Report of the Indian Hemp Drugs Commission, 1894-1895 - Volume IV
Year: 1894
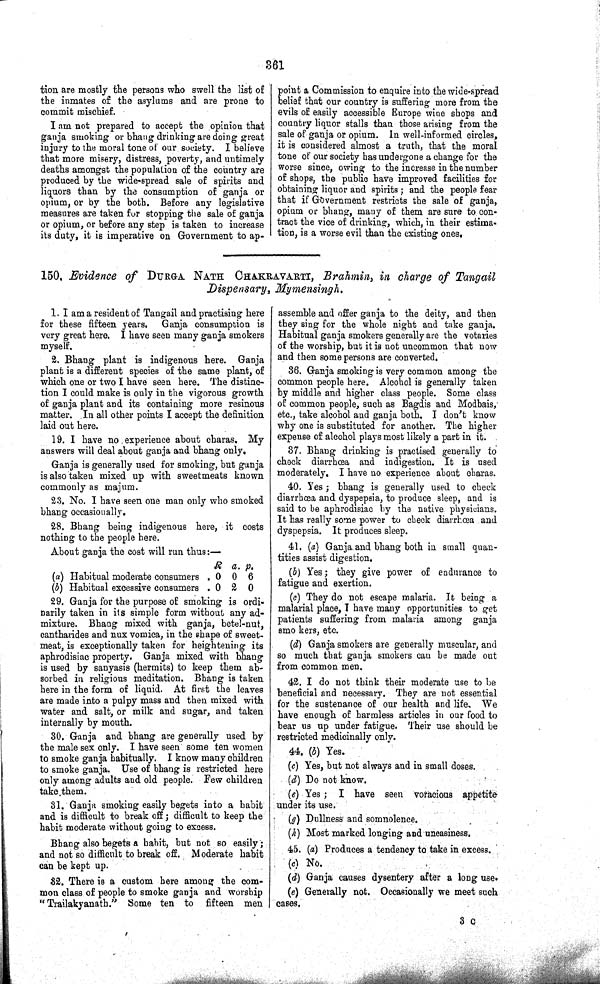
361
tion are mostly the persons who swell the list of
the inmates of the asylums and are prone to
commit mischief.
I am not prepared to accept the opinion that
ganja smoking or bhang drinking are doing great
injury to the moral tone of our society. I believe
that more misery, distress, poverty, and untimely
deaths amongst the population of the country are
produced by the wide-spread sale of spirits and
liquors than by the consumption of ganja or
opium, or by the both. Before any legislative
measures are taken for stopping the sale of ganja
or opium, or before any step is taken to increase
its duty, it is imperative on Government to ap-
point a Commission to enquire into the wide-spread
belief that our country is suffering more from the
evils of easily accessible Europe wine shops and
country liquor stalls than those arising from the
sale of ganja or opium. In well-informed circles,
it is considered almost a truth, that the moral
tone of our society has undergone a change for the
worse since, owing to the increase in the number
of shops, the public have improved facilities for
obtaining liquor and spirits; and the people fear
that if Government restricts the sale of ganja,
opium or bhang, many of them are sure to con-
tract the vice of drinking, which, in their estima-
tion, is a worse evil than the existing ones.
150. Evidence of DURGA NATH CHAKRAVARTI, Brahmin, in charge of Tangail
Dispensary,
Mymensingh.
1. I am a resident of Tangail and practising here
for these fifteen years. Ganja consumption is
very great here. I have seen many ganja smokers
myself.
2. Bhang plant is indigenous here. Ganja
plant is a different species of the same plant, of
which one or two I have seen here. The distinc-
tion I could make is only in the vigorous growth
of ganja plant and its containing more resinous
matter. In all other points I accept the definition
laid out here.
19. I have no experience about charas. My
answers will deal about ganja and bhang only.
Ganja is generally used for smoking, but ganja
is also taken mixed up with sweetmeats known
commonly as majum.
23. No. I have seen one man only who smoked
bhang occasionally.
28. Bhang being indigenous here, it costs
nothing to the people here.
About ganja the cost will run thus:—
R a. p.
(a) Habitual moderate consumers
0 0 6
(b) Habitual excessive consumers
0 2 0
29. Ganja for the purpose of smoking is ordi-
narily taken in its simple form without any ad-
mixture. Bhang mixed with ganja, betel-nut,
cantharides and nux vomica, in the shape of sweet-
meat, is exceptionally taken for heightening its
aphrodisiac property. Ganja mixed with bhang
is used by sanyasis (hermits) to keep them ab-
sorbed in religious meditation. Bhang is taken
here in the form of liquid. At first the leaves
are made into a pulpy mass and then mixed with
water and salt, or milk and sugar, and taken
internally by mouth.
30. Ganja and bhang are generally used by
the male sex only. I have seen some ten women
to smoke ganja habitually. I know many children
to smoke ganja. Use of bhang is restricted here
only among adults and old people. Few children
take them.
31. Ganja smoking easily begets into a habit
and is difficult to break off; difficult to keep the
habit moderate without going to excess.
Bhang also begets a habit, but not so easily;
and not so difficult to break off. Moderate habit
can be kept up.
32. There is a custom here among the com-
mon class of people to smoke ganja and worship
"Trailakyanath." Some ten to fifteen men
assemble and offer ganja to the deity, and then
they sing for the whole night and take ganja.
Habitual ganja smokers generally are the votaries
of the worship, but it is not uncommon that now
and then some persons are converted.
36. Ganja smoking is very common among the
common people here. Alcohol is generally taken
by middle and higher class people. Some class
of common people, such as Bagdis and Modbais,
etc., take alcohol and ganja both. I don't know
why one is substituted for another. The higher
expense of alcohol plays most likely a part in it.
37. Bhang drinking is practised generally to
check diarrhœa and indigestion. It is used
moderately. I have no experience about charas.
40. Yes; bhang is generally used to check
diarrhœa and dyspepsia, to produce sleep, and is
said to be aphrodisiac by the native physicians.
It has really some power to check diarrhœa and
dyspepsia. It produces sleep.
41. (a) Ganja and bhang both in small quan-
tities assist digestion.
(b) Yes; they give power of endurance to
fatigue and exertion.
(c) They do not escape malaria. It being a
malarial place, I have many opportunities to get
patients suffering from malaria among ganja
smo kers, etc.
(d) Ganja smokers are generally muscular, and
so much that ganja smokers can be made out
from common men.
42. I do not think their moderate use to be
beneficial and necessary. They are not essential
for the sustenance of our health and life. We
have enough of harmless articles in our food to
bear us up under fatigue. Their use should be
restricted medicinally only.
44. (b) Yes.
(c) Yes, but not always and in small doses.
(d) Do not know.
(e) Yes; I have seen voracious appetite
under its use.
(g) Dullness and somnolence.
(h) Most marked longing and uneasiness.
45. (a) Produces a tendency to take in excess.
(c) No.
(d) Ganja causes dysentery after a long use.
(e) Generally not. Occasionally we meet such
cases.
3 C